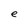
Character: e